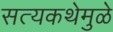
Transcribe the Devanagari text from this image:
सत्यकथेमुळे